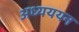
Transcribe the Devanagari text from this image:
अध्यययन